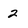
Character: 2